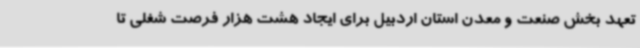
تعهد بخش صنعت و معدن استان اردبیل برای ایجاد هشت هزار فرصت شغلی تا